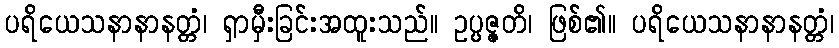
ပရိယေသနာနာနတ္တံ၊ ရှာမှီးခြင်းအထူးသည်။ ဥပ္ပဇ္ဇတိ၊ ဖြစ်၏။ ပရိယေသနာနာနတ္တံ၊